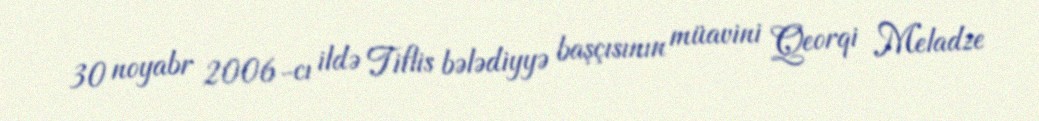
30 noyabr 2006-cı ildə Tiflis bələdiyyə başçısının müavini Qeorqi Meladze